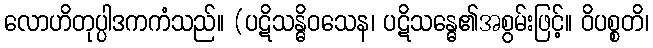
လောဟိတုပ္ပါဒကကံသည်။ (ပဋိသန္ဓိဝသေန၊ ပဋိသန္ဓေ၏အစွမ်းဖြင့်။ ဝိပစ္စတိ၊